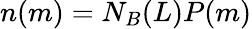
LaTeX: n(m)=N_{B}(L)P(m)